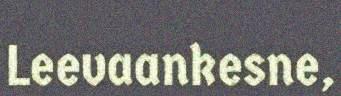
Leevaankesne,